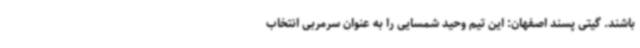
باشند. گیتی پسند اصفهان: این تیم وحید شمسایی را به عنوان سرمربی انتخاب